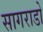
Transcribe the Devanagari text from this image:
सागराडो